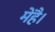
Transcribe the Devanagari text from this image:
मेंहै।